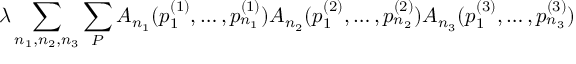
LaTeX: \lambda \sum _ { n _ { 1 } , n _ { 2 } , n _ { 3 } } \sum _ { \cal P } A _ { n _ { 1 } } ( p _ { 1 } ^ { ( 1 ) } , \ldots , p _ { n _ { 1 } } ^ { ( 1 ) } ) A _ { n _ { 2 } } ( p _ { 1 } ^ { ( 2 ) } , \ldots , p _ { n _ { 2 } } ^ { ( 2 ) } ) A _ { n _ { 3 } } ( p _ { 1 } ^ { ( 3 ) } , \ldots , p _ { n _ { 3 } } ^ { ( 3 ) } )